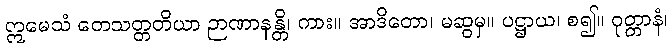
ဣမေသံ တေသတ္တတိယာ ဉာဏာနန္တိ၊ ကား။ အာဒိတော၊ မဆွမှ။ ပဋ္ဌာယ၊ စ၍။ ဝုတ္တာနံ၊